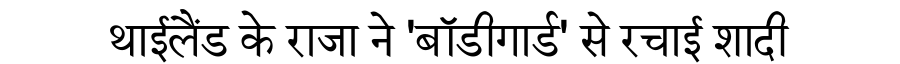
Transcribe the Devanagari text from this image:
थाईलैंड के राजा ने 'बॉडीगार्ड' से रचाई शादी